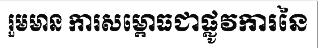
រួមមាន ការសម្ពោធជាផ្លូវការនៃ